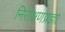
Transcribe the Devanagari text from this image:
निरीक्षणप्रज्ञा